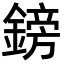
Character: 鎊